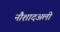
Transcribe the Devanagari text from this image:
नौशादअली